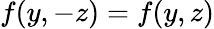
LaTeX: f(y,-z)=f(y,z)